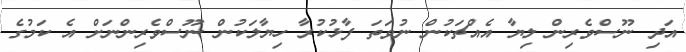
އަދި ނޫސްވެރިން ލިޔާ އެއްޗަކުން ނުވަތަ ފާޅުކުރާ ހިޔާލަކުން ނޫސްވެރިންނަށް އެ ކަމުގެ